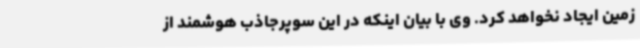
زمین ایجاد نخواهد کرد. وی با بیان اینکه در این سوپرجاذب هوشمند از